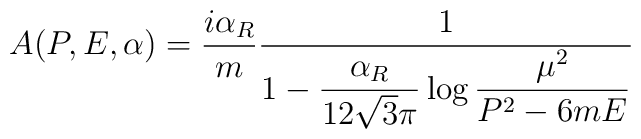
A(P,E,\alpha)={i\alpha_R\over m}{1\over 1-\displaystyle{\frac{\alpha_R}{12\sqrt{3}\pi}}\log\displaystyle{{\mu^2\over P^2-6mE}}}